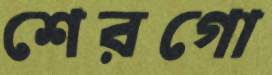
শেরগো